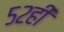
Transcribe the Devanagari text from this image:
५२ही